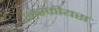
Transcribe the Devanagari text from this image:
आरफीयस